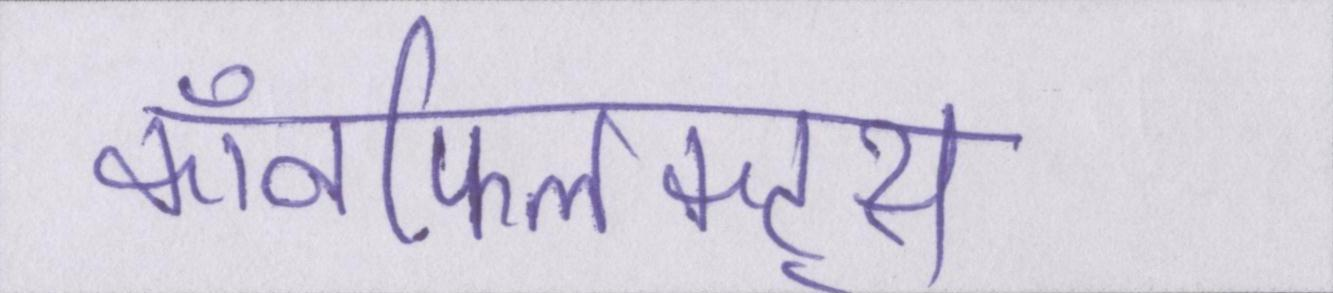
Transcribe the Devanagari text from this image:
कॉनफ्लिक्ट्स